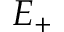
E _ { + }